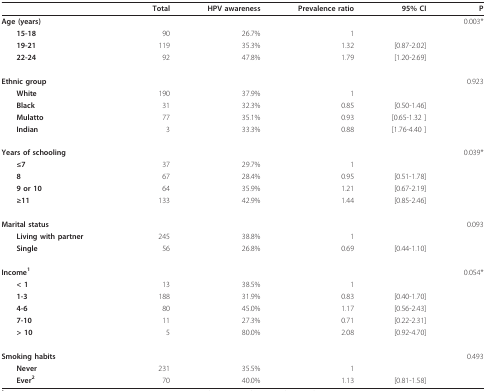
|  | Total | HPV awareness | Prevalence ratio | 95% CI | P |
 | --- | --- | --- | --- | --- | --- |
 | Age (years) |  |  |  |  | 0.003* |
 | 15-18 | 90 | 26.7% | 1 |  |  |
 | 19-21 | 119 | 35.3% | 1.32 | [0.87-2.02] |  |
 | 22-24 | 92 | 47.8% | 1.79 | [1.20-2.69] |  |
 | Ethnic group |  |  |  |  | 0.923 |
 | White | 190 | 37.9% | 1 |  |  |
 | Black | 31 | 32.3% | 0.85 | [0.50-1.46] |  |
 | Mulatto | 77 | 35.1% | 0.93 | [0.65-1.32 ] |  |
 | Indian | 3 | 33.3% | 0.88 | [1.76-4.40 ] |  |
 | Years of schooling |  |  |  |  | 0.039* |
 | ≤7 | 37 | 29.7% | 1 |  |  |
 | 8 | 67 | 28.4% | 0.95 | [0.51-1.78] |  |
 | 9 or 10 | 64 | 35.9% | 1.21 | [0.67-2.19] |  |
 | ≥11 | 133 | 42.9% | 1.44 | [0.85-2.46] |  |
 | Marital status |  |  |  |  | 0.093 |
 | Living with partner | 245 | 38.8% | 1 |  |  |
 | Single | 56 | 26.8% | 0.69 | [0.44-1.10] |  |
 | Income1 |  |  |  |  | 0.054* |
 | < 1 | 13 | 38.5% | 1 |  |  |
 | 1-3 | 188 | 31.9% | 0.83 | [0.40-1.70] |  |
 | 4-6 | 80 | 45.0% | 1.17 | [0.56-2.43] |  |
 | 7-10 | 11 | 27.3% | 0.71 | [0.22-2.31] |  |
 | > 10 | 5 | 80.0% | 2.08 | [0.92-4.70] |  |
 | Smoking habits |  |  |  |  | 0.493 |
 | Never | 231 | 35.5% | 1 |  |  |
 | Ever2 | 70 | 40.0% | 1.13 | [0.81-1.58] |  |